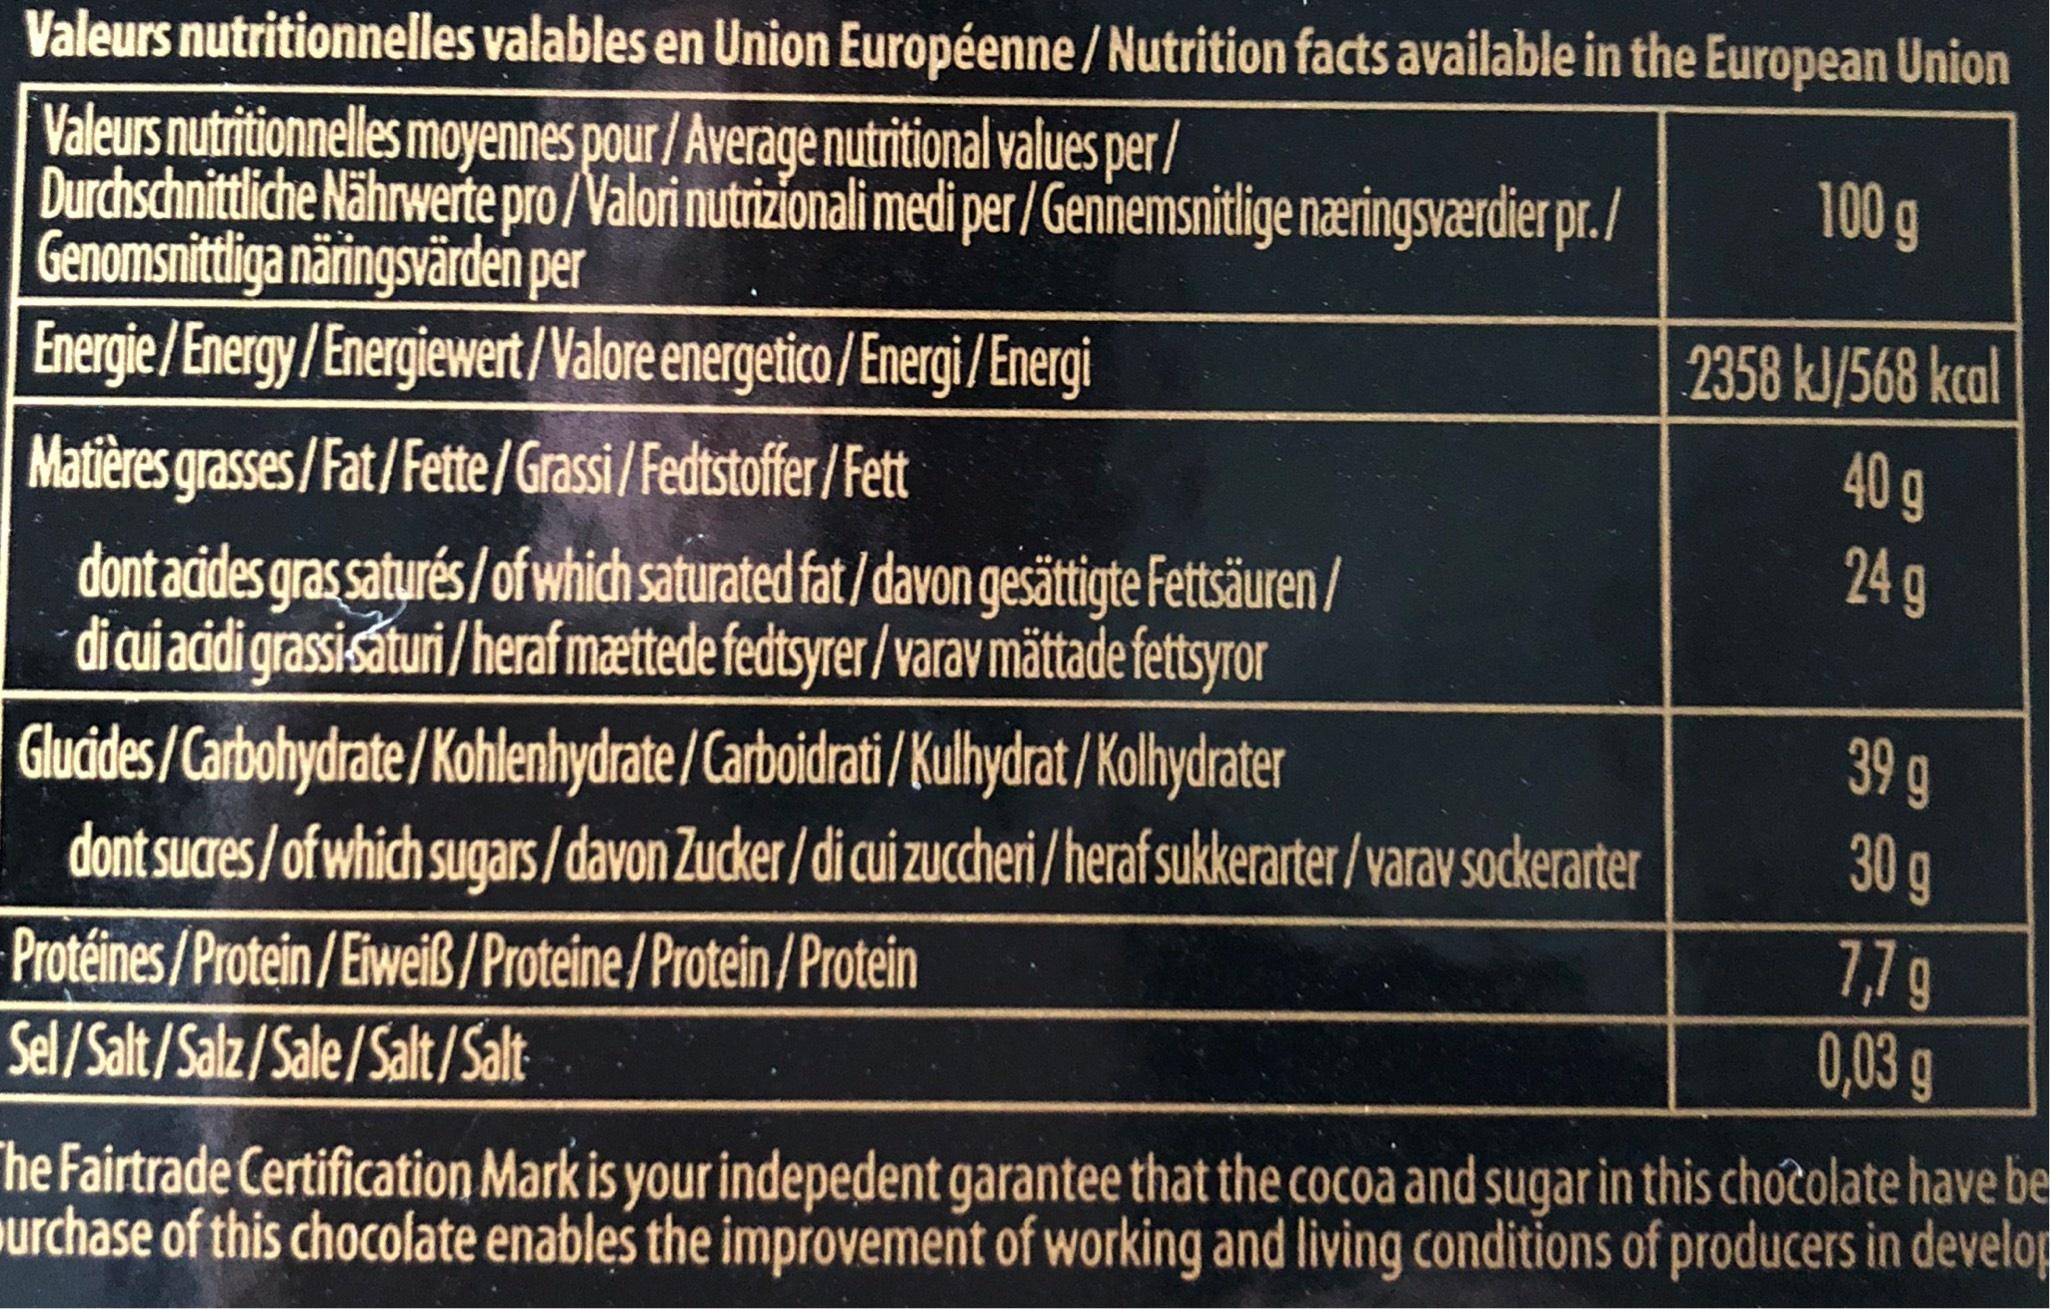
Valeurs nutritionnelles valables en Union Européenne/Nutrition facts available in the European Union
100 g
Valeurs nutritionnelles moyennes pour /Average nutritional values per/ Durchschnittliche Nährwerte pro/Valori nutrizionali medi per/Gennemsnitlige næringsværdier pr./ Genomsnittliga näringsvärden per
Energie/Energy/Energiewert/Valore energetico/Energi/Energi
2358 kJ/568 kcal
40 g
24 g
Matières
grasses/Fat/Fette/Grassi/Fedtstoffer/Fett
dont acides gras saturés/ of which saturated fat/davon gesättigte Fettsäuren / di cui acidi grassi-saturi/heraf mættede fedtsyrer/varav mättade fettsyror Glucides/Carbohydrate/Kohlenhydrate/Carboidrati/Kulhydrat/Kolhydrater
dont sucres/of which sugars/davon Zucker/di cui zuccheri/heraf sukkerarter/varav sockerarter
Protéines/Protein/Eiweiß/Proteine/Protein/Protein
39 g
30 g
7,7 g
0,03 g
Sel/Salt/Salz/Sale/Salt/Salt
The Fairtrade Certification Mark is your indepedent garantee that the cocoa and sugar in this chocolate have be urchase of this chocolate enables the improvement of working and living conditions of producers in develop